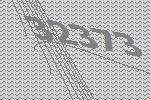
32373